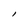
Character: l